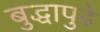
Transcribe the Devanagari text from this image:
बुद्धापुढे